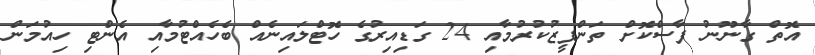
އޮތް ގާނޫނު ފާސްކޮށް ތަންފީޒުކުރުމާއި 24 ގަޑިއިރުގެ ހޮޓްލައިނެއް ބެހެއްޓުމާއި އެންޓި ހިއުމަން